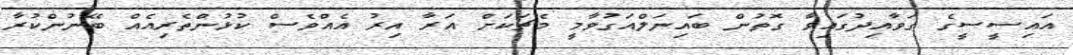
އައިސީސީގެ ގަވާއިދުގައިވާ ގޮތުން ބައިނަލްއަގުވާމީ މެޗަކަށް އަރާ އިރު އެއްވެސް ކުޅުންތެރިއެއް ބޭނުންކުރާ